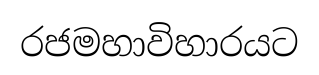
රජමහාවිහාරයට